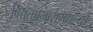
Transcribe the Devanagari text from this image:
विद्युतप्रभारामधल्या